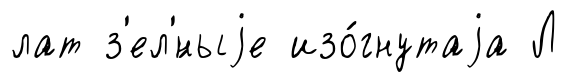
лат з'ел'́ныjе изо́гнутаjа Л